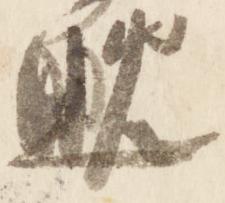
晩